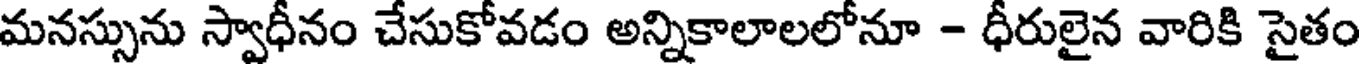
మనస్సును స్వాధీనం చేసుకోవడం అన్నికాలాలలోనూ - ధీరులైన వారికి సైతం